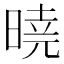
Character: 𣉊